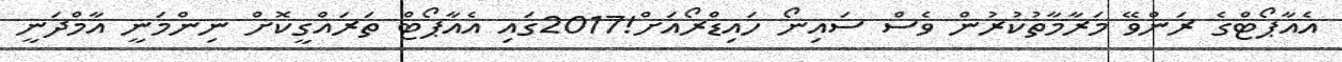
އެއާޕޯޓްގެ ރަންވޭ މަރާމާތުކުރުން ވެސް ސައިނޯ ހައިޑްރޯއަށް!2017ގައި އެއާޕޯޓް ތަރައްގީކޮށް ނިންމަނީ އާމްދަނީ